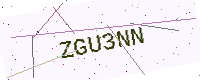
Text: ZGU3NN